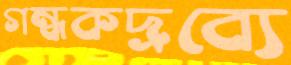
গন্ধকদ্রব্যে